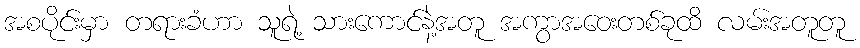
အစပိုင်းမှာ တရားခံဟာ သူရဲ့ သားကောင်နဲ့အတူ အကွာအဝေးတစ်ခုထိ လမ်းအတူတူ